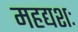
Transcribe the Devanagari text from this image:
महद्यशः